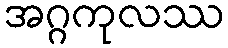
အဂ္ဂကုလဿ